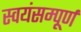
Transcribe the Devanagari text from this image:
स्वयंसम्पूर्ण